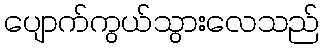
ပျောက်ကွယ်သွားလေသည်